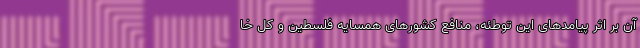
آن بر اثر پیامدهای این توطئه، منافع کشورهای همسایه فلسطین و کل خا